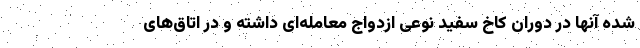
شده آنها در دوران کاخ سفید نوعی ازدواج معامله‌ای داشته و در اتاق‌های